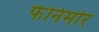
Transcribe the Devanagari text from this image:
फेनिमोर